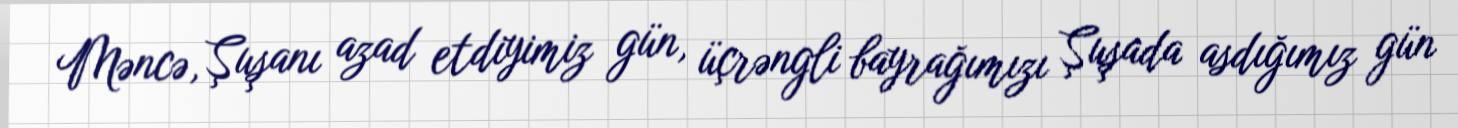
Məncə, Şuşanı azad etdiyimiz gün, üçrəngli bayrağımızı Şuşada asdığımız gün